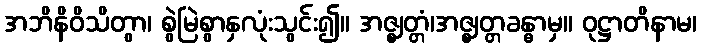
အဘိနိဝိသိတွာ၊ စွဲမြဲစွာနှလုံးသွင်း၍။ အဇ္ဈတ္တံ၊အဇ္ဈတ္တခန္ဓာမှ။ ဝုဋ္ဌာတိနာမ၊